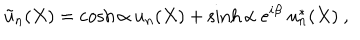
{ \tilde { u } } _ { n } ( X ) = \cosh \alpha ~ u _ { n } ( X ) + \sinh \alpha ~ e ^ { i \beta } ~ u _ { n } ^ { * } ( X ) ~ ,